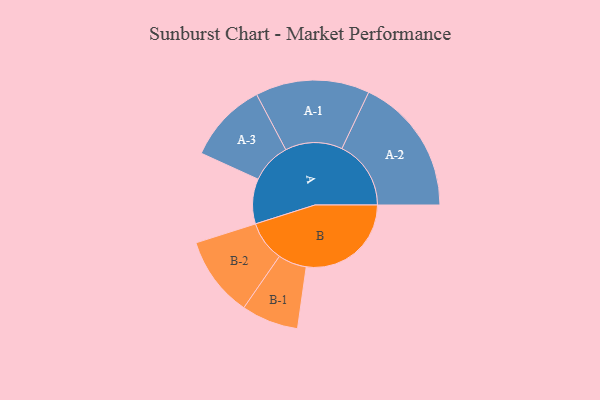
{"axis": {"x": "Segment", "y": "Value"}, "legend": ["", "A", "B"], "data": [{"x": "A", "y": 191, "type": ""}, {"x": "B", "y": 445, "type": ""}, {"x": "A-1", "y": 242, "type": "A"}, {"x": "A-2", "y": 293, "type": "A"}, {"x": "A-3", "y": 171, "type": "A"}, {"x": "B-1", "y": 121, "type": "B"}, {"x": "B-2", "y": 171, "type": "B"}]}